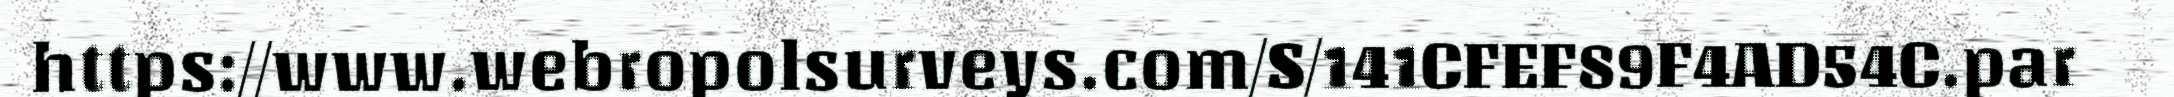
https://www.webropolsurveys.com/S/141CFEF89F4AD54C.par